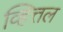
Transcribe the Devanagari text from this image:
व्हित्तल